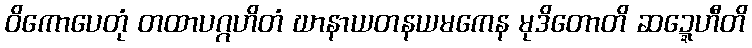
ဝိကောပေတုံ တထာပဂ္ဂဟိတံ ဃာနာယတနယမကေန မုဒိတောတိ ဆဍ္ဍေဟီတိ